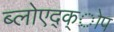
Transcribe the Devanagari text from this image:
ब्लोएद्क्ोप